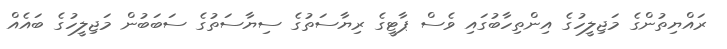
ރައްޔިތުންގެ މަޖިލީހުގެ އިންތިހާބުގައި ވެސް ޕާޓީގެ ރިޔާސަތުގެ ސިޔާސަތުގެ ސަބަބުން މަޖިލީހުގެ ބައެއް